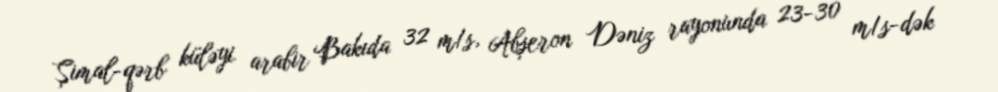
Şimal-qərb küləyi arabir Bakıda 32 m/s, Abşeron Dəniz rayonunda 23-30 m/s-dək